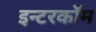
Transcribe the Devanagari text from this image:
इन्टरकॉम